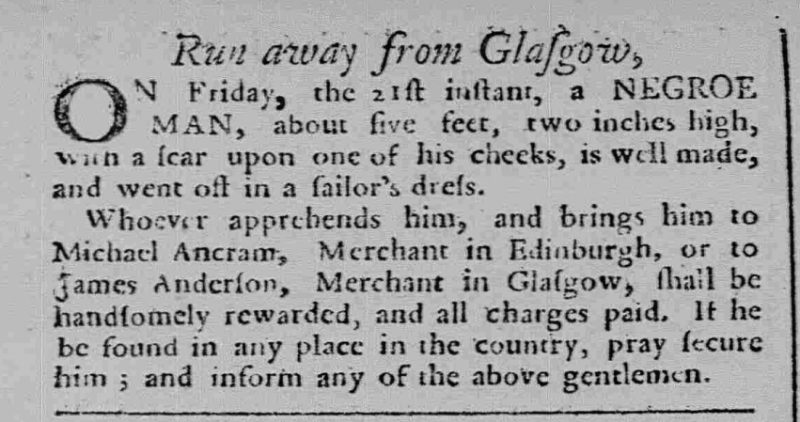
Caledonian Mercury, 24 September 1759 (Scotland)
     Run away from Glasgow,ON Friday, the 21st instant, a NEGROE MAN, about five feet, two inches high, with a scar upon one of his cheeks, is well made, and went off in a sailor’s dress.  Whoever apprehends him, and brings him to Michael Ancram, Merchant in Edinburgh, or to James Anderson, Merchant in Glasgow, shall be handsomely rewarded, and all charges paid. If he be found in any place in the country, pray secure him; and inform any of the above gentlemen.